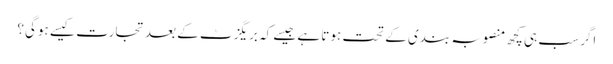
اگر سب ہی کچھ منصوبہ بندی کے تحت ہوتا ہے جیسے کہ بریگزٹ کے بعد تجارت کیسے ہوگی؟